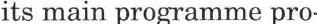
its main programme pro-